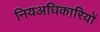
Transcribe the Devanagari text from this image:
नियअधिकारियों